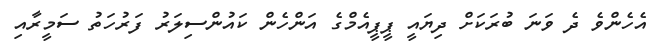
އެހެންވެ ދެ ވަނަ ބުރަކަށް ދިޔައީ ޕީޕީއެމްގެ އަންހެން ކައުންސިލަރު ފަރުހަތު ސަމީރާއި